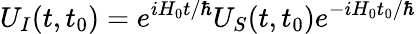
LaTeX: U_{I}(t,t_{0})=e^{iH_{0}t/\hbar}U_{S}(t,t_{0})e^{-iH_{0}t_{0}/\hbar}